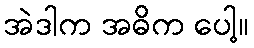
အဲဒါက အဓိက ပေါ့။